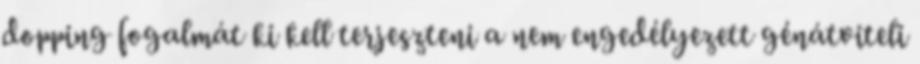
dopping fogalmát ki kell terjeszteni a nem engedélyezett génátviteli